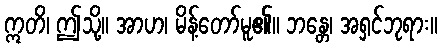
ဣတိ၊ ဤသို့။ အာဟ၊ မိန့်တော်မူ၏။ ဘန္တေ၊ အရှင်ဘုရား။